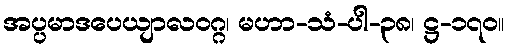
အပ္ပမာဒပေယျာလဝဂ္ဂ၊ မဟာ-သံ-ပါ-၃၈၊ ဋ္ဌ-၁၇၀။